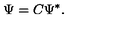
\Psi = { C } \Psi ^ { \ast } .